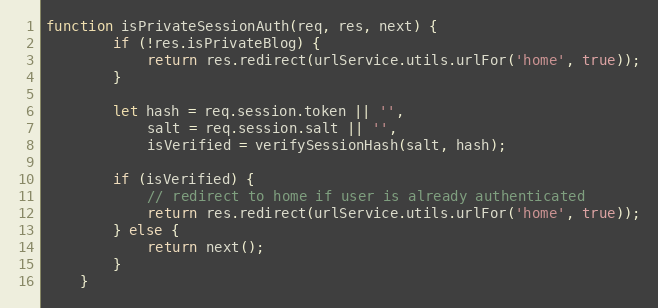
Language: JavaScript
function isPrivateSessionAuth(req, res, next) {
        if (!res.isPrivateBlog) {
            return res.redirect(urlService.utils.urlFor('home', true));
        }

        let hash = req.session.token || '',
            salt = req.session.salt || '',
            isVerified = verifySessionHash(salt, hash);

        if (isVerified) {
            // redirect to home if user is already authenticated
            return res.redirect(urlService.utils.urlFor('home', true));
        } else {
            return next();
        }
    }